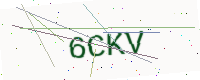
Text: 6CKV